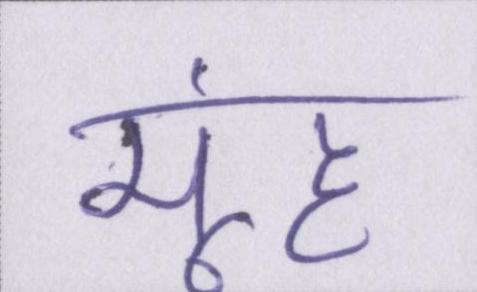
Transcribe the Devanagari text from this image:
मूंह